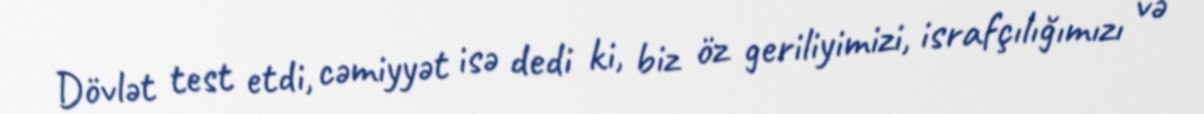
Dövlət test etdi, cəmiyyət isə dedi ki, biz öz geriliyimizi, israfçılığımızı və